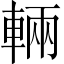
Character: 輛